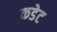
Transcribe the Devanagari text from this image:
कडेट